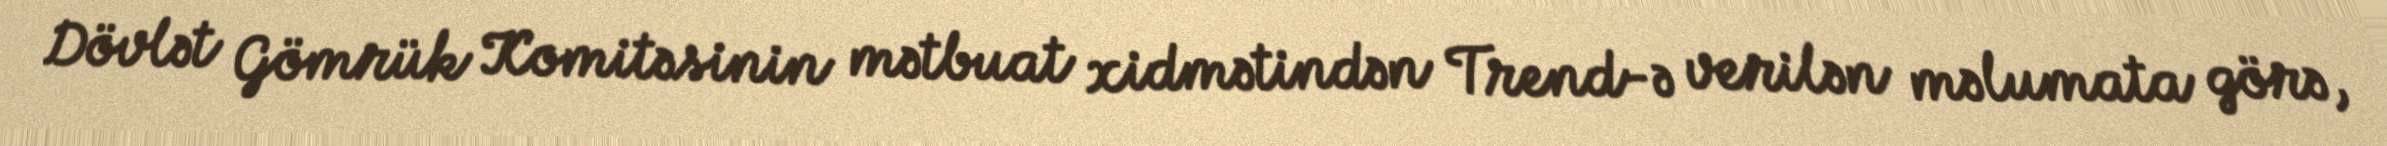
Dövlət Gömrük Komitəsinin mətbuat xidmətindən Trend-ə verilən məlumata görə,